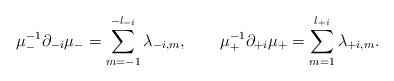
LaTeX: \begin{align*}\mu^{-1}_- \partial_{-i} \mu_- = \sum_{m = -1}^{-l_{-i}} \lambda_{-i,m}, \qquad \mu^{-1}_+ \partial_{+i} \mu_+ = \sum_{m = 1}^{l_{+i}}\lambda_{+i, m}.\end{align*}